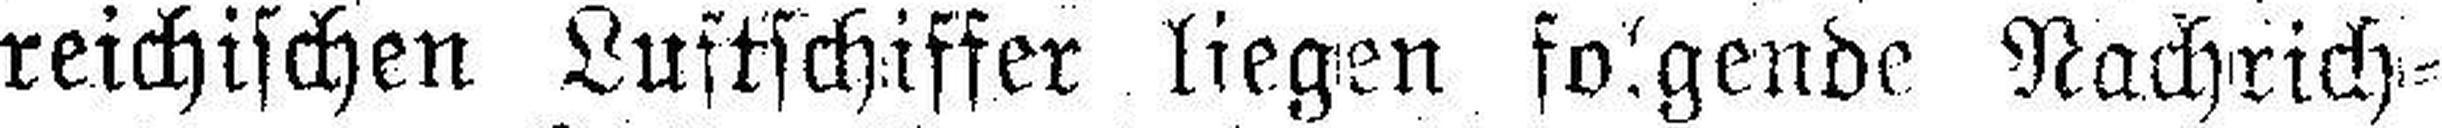
reichischen Luftschiffer liegen folgende Nachrich¬